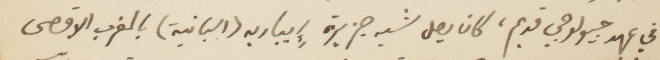
في عهد جيولوجي قديم، كان يصل شبه جزيرة ايباريه (اسبانية) بالمغرب الأقصى